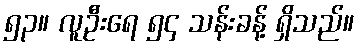
၅၃။ လူဦးရေ ၅၄ သန်းခန့် ရှိသည်။